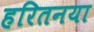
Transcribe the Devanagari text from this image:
हरितनया